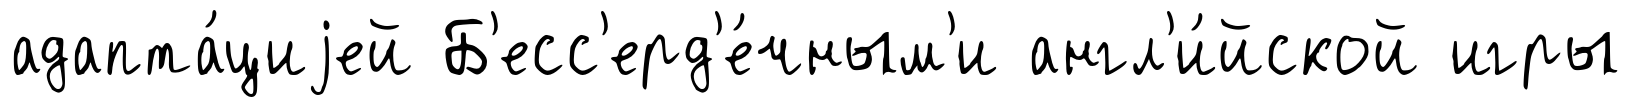
адапта́циjей Б'есс'ерд'е́чным'и англ'и́йской игры